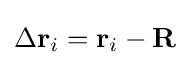
\Delta \mathbf {r} _{i}=\mathbf {r} _{i}-\mathbf {R}